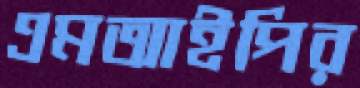
এমআইপির